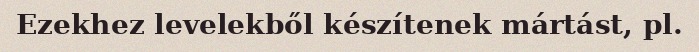
Ezekhez levelekből készítenek mártást, pl.